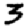
Digit: 3